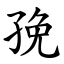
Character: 㝃